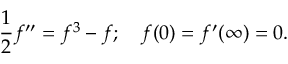
{ \frac { 1 } { 2 } } f ^ { \prime \prime } = f ^ { 3 } - f ; \quad f ( 0 ) = f ^ { \prime } ( \infty ) = 0 .